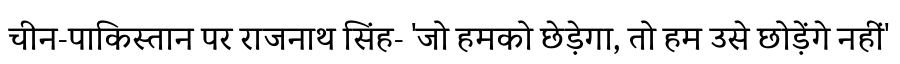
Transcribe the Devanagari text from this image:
चीन-पाकिस्तान पर राजनाथ सिंह- 'जो हमको छेड़ेगा, तो हम उसे छोड़ेंगे नहीं'